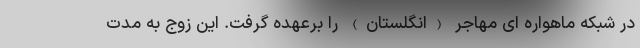
در شبکه ماهواره ای مهاجر (انگلستان) را برعهده گرفت. این زوج به مدت